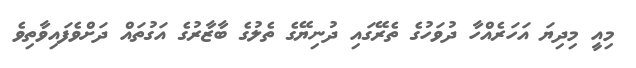
މިއީ މިދިޔަ އަހަރެއްހާ ދުވަހުގެ ތެރޭގައި ދުނިޔޭގެ ތެލުގެ ބާޒާރުގެ އަގުތައް ދަށްވެފައިވާތިވެ